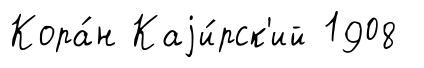
Кора́н Каjи́рск'ий 1908